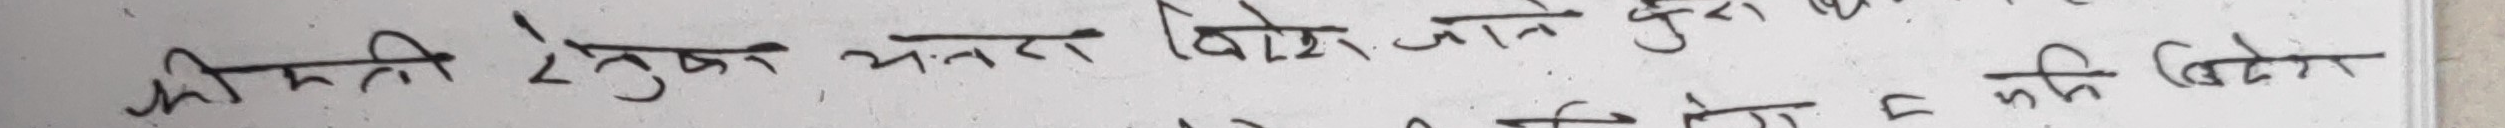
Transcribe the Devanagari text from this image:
कीमती वस्तु भत्ता बिकोई जान्छु लेखी दिने